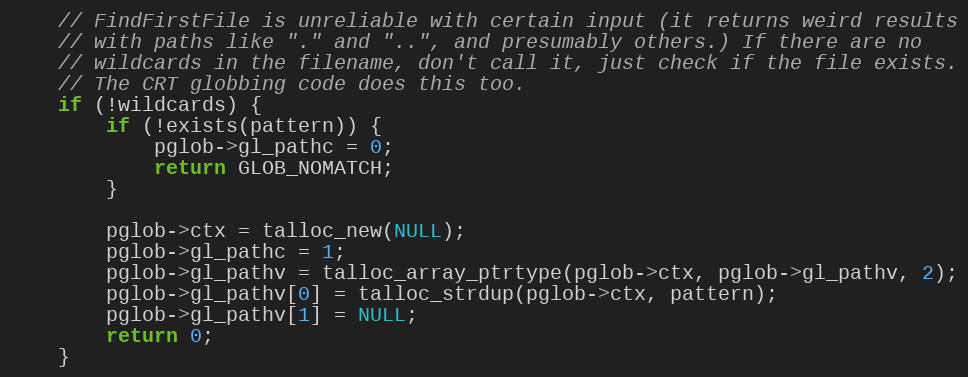
Language: C
    // FindFirstFile is unreliable with certain input (it returns weird results
    // with paths like "." and "..", and presumably others.) If there are no
    // wildcards in the filename, don't call it, just check if the file exists.
    // The CRT globbing code does this too.
    if (!wildcards) {
        if (!exists(pattern)) {
            pglob->gl_pathc = 0;
            return GLOB_NOMATCH;
        }

        pglob->ctx = talloc_new(NULL);
        pglob->gl_pathc = 1;
        pglob->gl_pathv = talloc_array_ptrtype(pglob->ctx, pglob->gl_pathv, 2);
        pglob->gl_pathv[0] = talloc_strdup(pglob->ctx, pattern);
        pglob->gl_pathv[1] = NULL;
        return 0;
    }